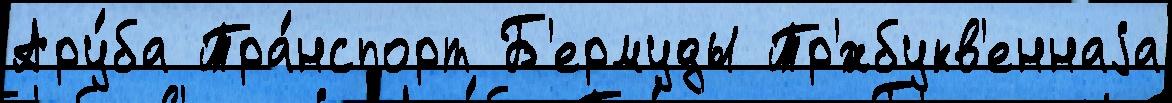
Ару́ба Тра́нспорт Б'ермуды Тр'́хбукв'еннаjа